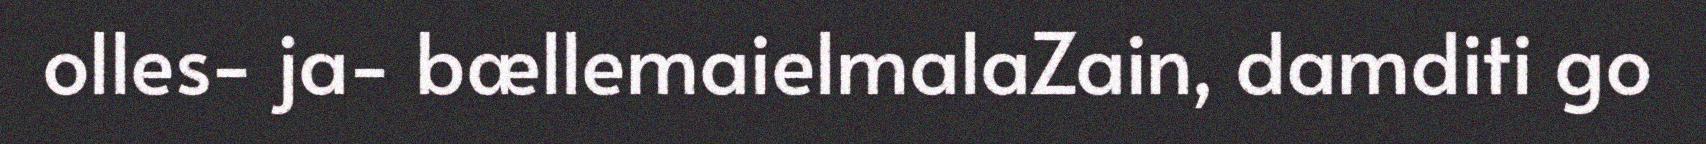
olles- ja- bællemaielmalaZain, damditi go